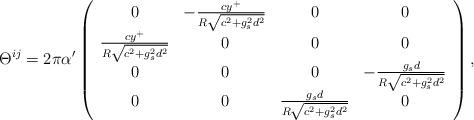
LaTeX: \begin{align*}\Theta^{ij}= 2\pi \alpha' \left (\begin{array}{cccc}0 & - \frac{cy^+}{R \sqrt{c^2 + g_s^2 d^2}} &0 &0\\\frac{cy^+}{R \sqrt{c^2 + g_s^2 d^2}} &0&0&0\\0&0&0& - \frac{g_s d}{R \sqrt{c^2 + g_s^2 d^2} }\\0&0&\frac{g_s d}{R \sqrt{c^2 + g_s^2 d^2} }&0\end{array} \right ),\end{align*}